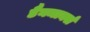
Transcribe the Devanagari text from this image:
डैनमार्क्स